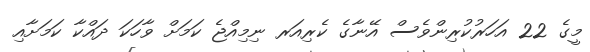
މީގެ 22 އަހަރުކުރިންވެސް އޭނާގެ ކެރިއަރ ނިމިއްޖެ ކަމަށް ވާހަކަ ދައްކާ ކަމަށާއި